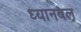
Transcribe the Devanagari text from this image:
ध्यानबल